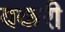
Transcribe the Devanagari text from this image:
वकरी